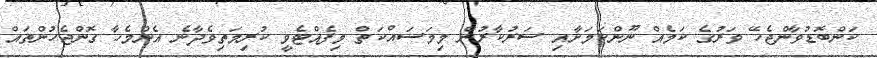
ކަންބޮޑުވާންޖެހޭ ވަރުގެ ކަމެއް ނޫންކަމަށާއި ސަރުކާރުން މިމަސައްކަތް މިފެއްޓެވީ ކުރިމަތިވެދާނެ އެންމެހާ ގޮންޖެހުންތައް